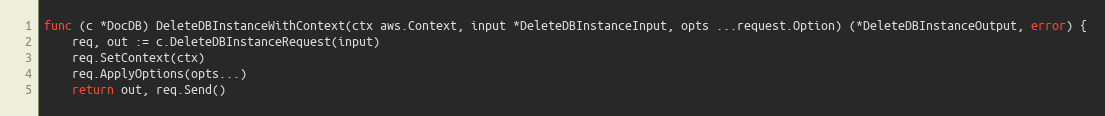
Language: Go
func (c *DocDB) DeleteDBInstanceWithContext(ctx aws.Context, input *DeleteDBInstanceInput, opts ...request.Option) (*DeleteDBInstanceOutput, error) {
	req, out := c.DeleteDBInstanceRequest(input)
	req.SetContext(ctx)
	req.ApplyOptions(opts...)
	return out, req.Send()